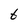
Character: t